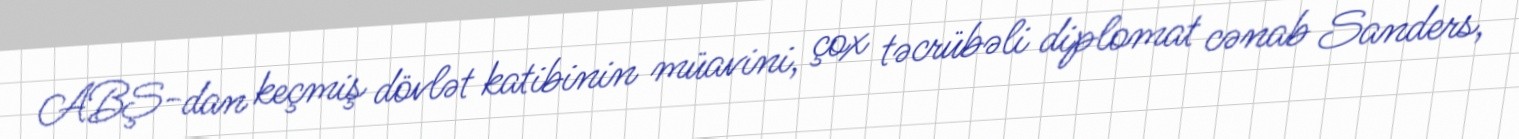
ABŞ-dan keçmiş dövlət katibinin müavini, çox təcrübəli diplomat cənab Sanders,